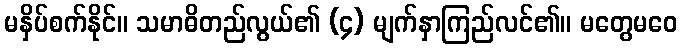
မနှိပ်စက်နိုင်။ သမာဓိတည်လွယ်၏ (၄) မျက်နှာကြည်လင်၏။ မတွေမဝေ